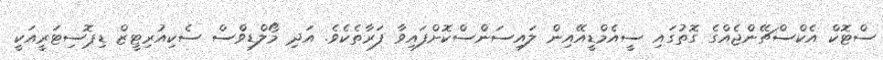
ސްޓޮކް އެކްސްޗޭންޖެއްގެ ގޮތުގައި ސީއެމްޑީއޭއިން ލައިސަންސްކޮށްފައިވާ ފަރާތެކެވެ. އަދި މޯލްޑިވްސް ސެކިއުރިޓީޒް ޑިޕޮސިޓަރީއަކީ